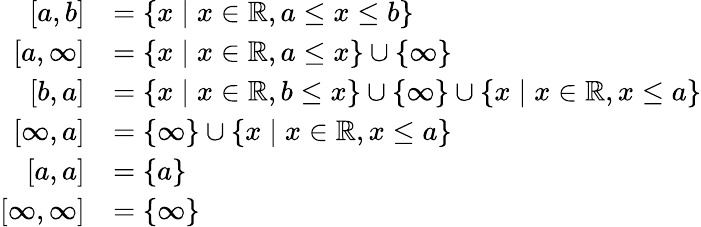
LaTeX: {\begin{array}{rl}{\left[a,b\right]}&{=\lbrace x\mid x\in\mathbb{R},a\leq x\leq b\rbrace}\\ {\left[a,\infty\right]}&{=\lbrace x\mid x\in\mathbb{R},a\leq x\rbrace\cup\lbrace\infty\rbrace}\\ {\left[b,a\right]}&{=\lbrace x\mid x\in\mathbb{R},b\leq x\rbrace\cup\lbrace\infty\rbrace\cup\lbrace x\mid x\in\mathbb{R},x\leq a\rbrace}\\ {\left[\infty,a\right]}&{=\lbrace\infty\rbrace\cup\lbrace x\mid x\in\mathbb{R},x\leq a\rbrace}\\ {\left[a,a\right]}&{=\{ a\} }\\ {\left[\infty,\infty\right]}&{=\lbrace\infty\rbrace}\end{array}}